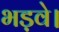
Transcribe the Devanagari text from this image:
भड़वे।